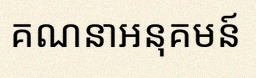
គណនាអនុគមន៍